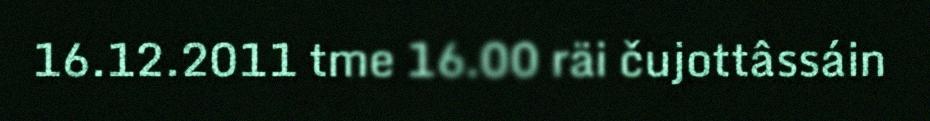
16.12.2011 tme 16.00 räi čujottâssáin